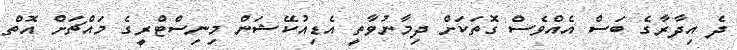
ދެ އިދާރާގެ ބަސް އެއްވެސް ގޮތަކަށް ދިމާނުވާތީ އެޑިއުކޭޝަން މިނިސްޓްރީގެ މައްޗަށް އޮތް